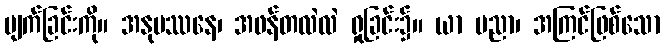
ပျက်ခြင်းကို။ အနုပဿနေ၊ အဖန်တလဲလဲ ရှုခြင်း၌။ ယာ ပညာ၊ အကြင်ဖြစ်သော